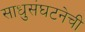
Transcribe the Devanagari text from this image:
साधुसंघटनेची